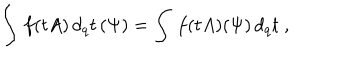
LaTeX: \int \, f ( t A ) \, d _ { q } t \, ( \Psi ) = \int \, f ( t A ) ( \Psi ) \, d _ { q } t \; ,